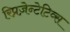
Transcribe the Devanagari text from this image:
रिप्रज़ेन्टेटिव्स